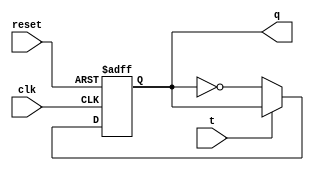
module T_flipflop(q,t,clk,reset);	//T-flipflop posedge clk with reset
	output q;
	input	t,clk,reset;
	
	reg q;
	always@(posedge clk or posedge reset)
		begin
			if(reset)
				q <= 1'b0;
			else if(t==1'b0)
				q <= !q;
		end	


endmodule 


module delay(o,clk);
	output o;
	input clk;
	wire [7:0]w;
	T_flipflop t1(w[0],1'b1,clk,1'b0);
	T_flipflop t2(w[1],1'b1,w[0],1'b0);
	T_flipflop t3(w[2],1'b1,w[1],1'b0);
	T_flipflop t4(w[3],1'b1,w[2],1'b0);
	T_flipflop t5(w[4],1'b1,w[3],1'b0);
	T_flipflop t6(w[5],1'b1,w[4],1'b0);
	T_flipflop t7(w[6],1'b1,w[5],1'b0);
	T_flipflop t8(w[7],1'b1,w[6],1'b0);
	T_flipflop t9(o,1'b1,w[7],1'b0);

endmodule